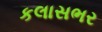
કલાસભર